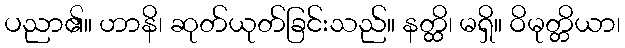
ပညာ၏။ ဟာနိ၊ ဆုတ်ယုတ်ခြင်းသည်။ နတ္ထိ၊ မရှိ။ ဝိမုတ္တိယာ၊